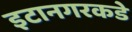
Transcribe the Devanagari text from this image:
इटानगरकडे